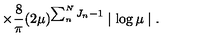
\times \frac { 8 } { \pi } ( 2 \mu ) ^ { \sum _ { n } ^ { N } J _ { n } - 1 } \mid \log \mu \mid .